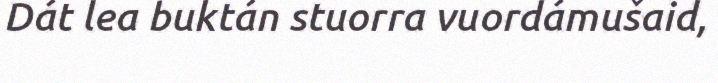
Dát lea buktán stuorra vuordámušaid,